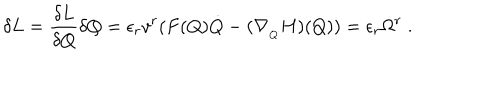
LaTeX: \delta L = \frac { \delta L } { \delta Q } \delta Q = \epsilon _ { r } v ^ { r } ( F ( Q ) \dot { Q } - ( \nabla _ { _ Q } H ) ( Q ) ) = \epsilon _ { r } \Omega ^ { r } \; .